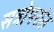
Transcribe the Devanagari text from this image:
सत्रोपरांत